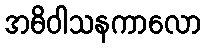
အဓိဝါသနကာလော